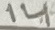
Text: 14